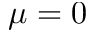
\mu = 0